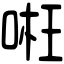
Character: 𠶖